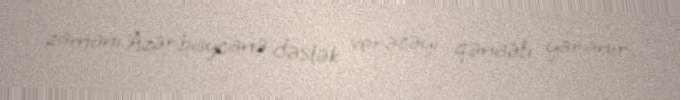
zamanı Azərbaycana dəstək verəcəyi qənaəti yaranır.